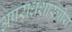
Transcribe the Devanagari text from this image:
अपराधशास्त्रीय